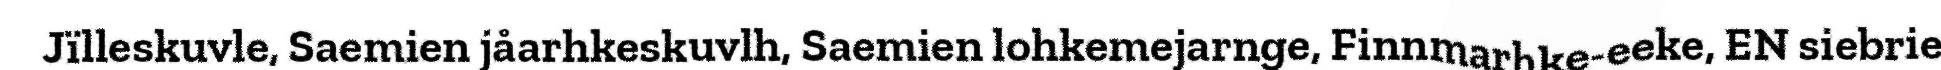
Jïlleskuvle, Saemien jåarhkeskuvlh, Saemien lohkemejarnge, Finnmarhke-eeke, EN siebrie